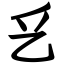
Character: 乥